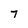
Character: 7